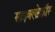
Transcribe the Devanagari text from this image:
साइक्लोक्रॉस